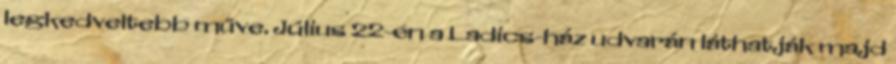
legkedveltebb műve. Július 22-én a Ladics-ház udvarán láthatják majd